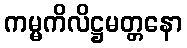
ကမ္မကိလိဋ္ဌမတ္တနော